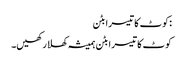
:کوٹ کا تیسرا بٹن
کوٹ کا تیسرا بٹن ہمیشہ کھلا رکھیں۔